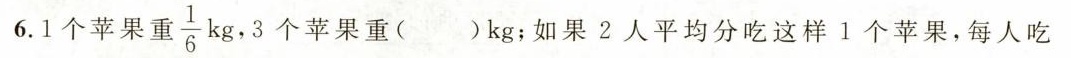
6.1个苹果重\frac{1}{6}kg ，3个苹果重()kg；如果2人平均分吃这样1个苹果，每人吃